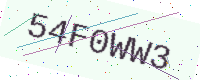
Text: 54F0WW3